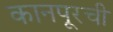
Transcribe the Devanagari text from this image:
कानपूरची